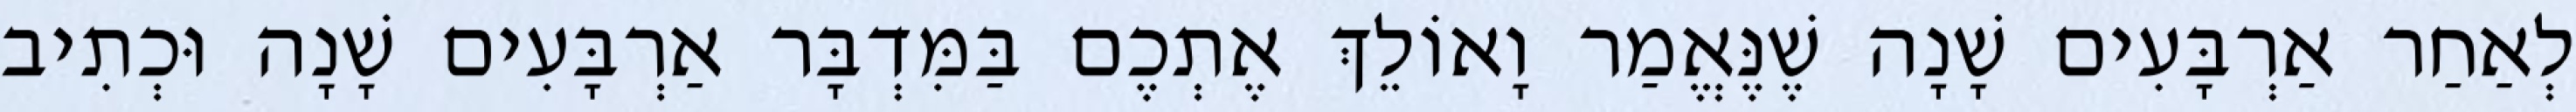
לְאַחַר אַרְבָּעִים שָׁנָה שֶׁנֶּאֱמַר וָאוֹלֵךְ אֶתְכֶם בַּמִּדְבָּר אַרְבָּעִים שָׁנָה וּכְתִיב